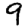
Digit: 9